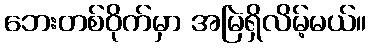
ဘေးတစ်ဝိုက်မှာ အမြဲရှိလိမ့်မယ်။